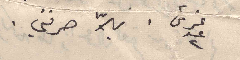
غرش عد ٢. يلاّ صرفني .